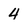
Character: 4